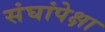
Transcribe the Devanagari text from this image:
संघांपेक्षा